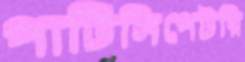
পার্টিসিপেটরি